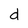
Character: d